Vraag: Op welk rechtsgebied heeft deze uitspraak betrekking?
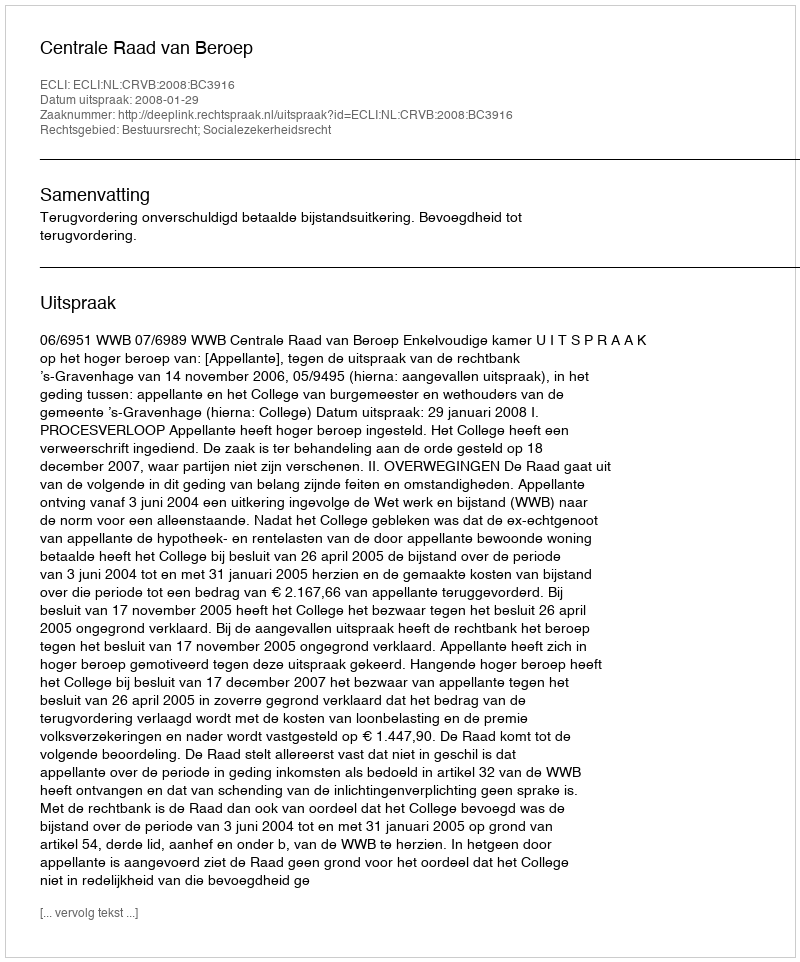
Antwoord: Bestuursrecht; Socialezekerheidsrecht